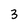
Character: 3